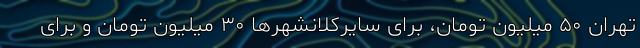
تهران ۵۰ میلیون تومان، برای سایرکلانشهرها ۳۰ میلیون تومان و برای